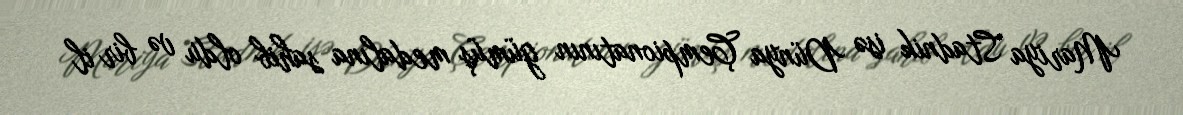
Mariya Stadnik isə Dünya Çempionatının gümüş medalına sahib oldu və bir il